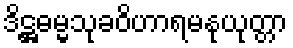
ဒိဋ္ဌဓမ္မသုခဝိဟာရမနုယုတ္တာ